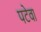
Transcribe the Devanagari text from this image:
पटेवा